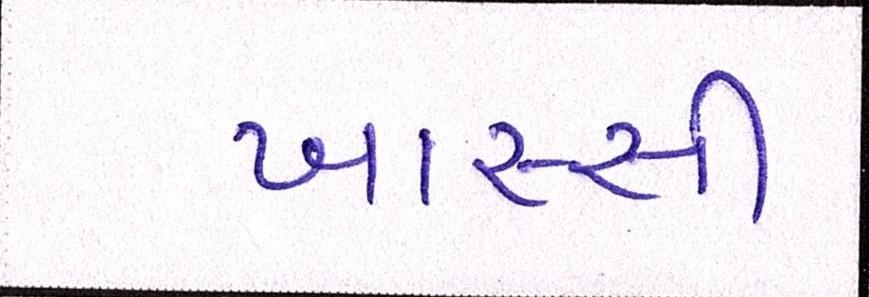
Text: ખાસ્સી